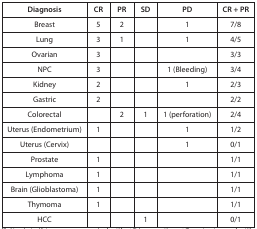
| Diagnosis | CR | PR | SD | PD | CR + PR |
 | --- | --- | --- | --- | --- | --- |
 | Breast | 5 | 2 |  | 1 | 7/8 |
 | Lung | 3 | 1 |  | 1 | 4/5 |
 | Ovarian | 3 |  |  |  | 3/3 |
 | NPC | 3 |  |  | 1 (Bleeding) | 3/4 |
 | Kidney | 2 |  |  | 1 | 2/3 |
 | Gastric | 2 |  |  |  | 2/2 |
 | Colorectal |  | 2 | 1 | 1 (perforation) | 2/4 |
 | Uterus (Endometrium) | 1 |  |  | 1 | 1/2 |
 | Uterus (Cervix) |  |  |  | 1 | 0/1 |
 | Prostate | 1 |  |  |  | 1/1 |
 | Lymphoma | 1 |  |  |  | 1/1 |
 | Brain (Glioblastoma) | 1 |  |  |  | 1/1 |
 | Thymoma | 1 |  |  |  | 1/1 |
 | HCC |  |  | 1 |  | 0/1 |